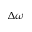
\Delta \omega